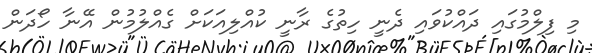
މި ފިލްމުގައި ދައްކުވައި ދެނީ ހިތުގެ ރާނީ ކުއްލިއަކަށް ގެއްލުމުން އޭނާ ހޯދަން